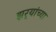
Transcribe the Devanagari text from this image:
झर्‍यांच्या